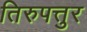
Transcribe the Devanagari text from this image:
तिरुपत्तुर